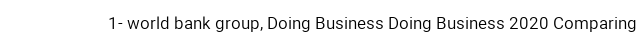
1- world bank group, Doing Business Doing Business 2020 Comparing